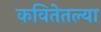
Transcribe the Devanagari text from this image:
कवितेतल्या